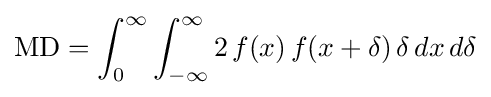
\mathrm {MD} =\int _{0}^{\infty }\int _{-\infty }^{\infty }2\,f(x)\,f(x+\delta )\,\delta \,dx\,d\delta